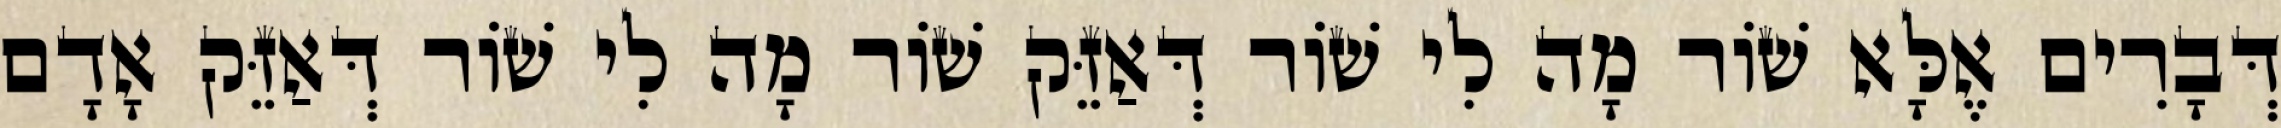
דְּבָרִים אֶלָּא שׁוֹר מָה לִי שׁוֹר דְּאַזֵּק שׁוֹר מָה לִי שׁוֹר דְּאַזֵּק אָדָם